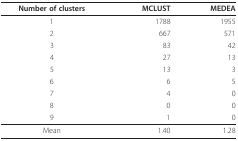
<table><thead><tr><td><b>Number of clusters</b></td><td><b>MCLUST</b></td><td><b>MEDEA</b></td></tr></thead><tbody><tr><td>1</td><td>1788</td><td>1955</td></tr><tr><td>2</td><td>667</td><td>571</td></tr><tr><td>3</td><td>83</td><td>42</td></tr><tr><td>4</td><td>27</td><td>13</td></tr><tr><td>5</td><td>13</td><td>3</td></tr><tr><td>6</td><td>6</td><td>5</td></tr><tr><td>7</td><td>4</td><td>0</td></tr><tr><td>8</td><td>0</td><td>0</td></tr><tr><td>9</td><td>1</td><td>0</td></tr><tr><td>Mean</td><td>1.40</td><td>1.28</td></tr></tbody></table>